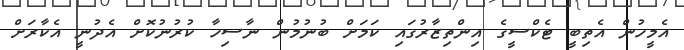
އެމީހުން އެތިބީ ޓެކްސީގެ އިންތިޒާރުގައި ކަމަށް ބުނުމުން ނާސިހާ ކުރުނުކޮށް އެދުނީ އެކާރަށް